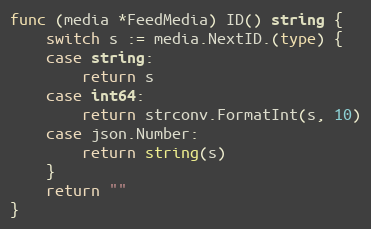
Language: Go
func (media *FeedMedia) ID() string {
	switch s := media.NextID.(type) {
	case string:
		return s
	case int64:
		return strconv.FormatInt(s, 10)
	case json.Number:
		return string(s)
	}
	return ""
}